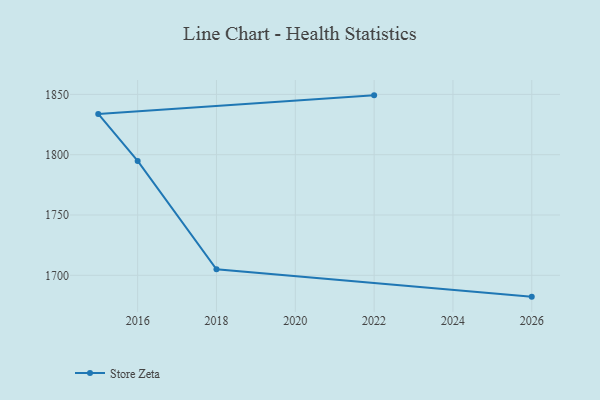
{"axis": {"x": "Year", "y": "Page Views"}, "legend": ["Store Zeta"], "data": [{"x": "2022", "y": 1849.2, "type": "Store Zeta"}, {"x": "2015", "y": 1833.8, "type": "Store Zeta"}, {"x": "2016", "y": 1794.8, "type": "Store Zeta"}, {"x": "2018", "y": 1705.0, "type": "Store Zeta"}, {"x": "2026", "y": 1682.3, "type": "Store Zeta"}]}